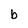
Character: b